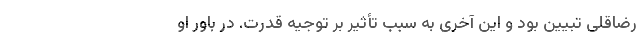
رضاقلی تبیین بود و این آخری به سبب تأثیر بر توجیه قدرت. در باور او